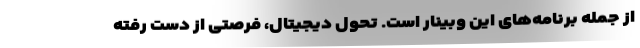
از جمله برنامه‌های این وبینار است. تحول دیجیتال، فرصتی از دست رفته